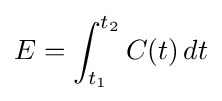
E=\int _{t_{1}}^{t_{2}}C(t)\,dt